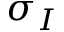
\sigma _ { I }